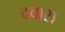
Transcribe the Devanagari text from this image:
दवास